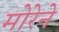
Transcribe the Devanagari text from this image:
मोरेने